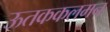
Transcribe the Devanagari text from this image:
ऊतककलमन